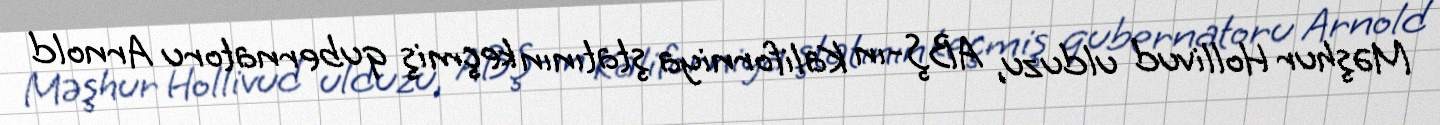
Məşhur Hollivud ulduzu, ABŞ-ın Kaliforniya ştatının keçmiş qubernatoru Arnold